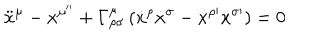
LaTeX: { \ddot { x } } ^ { \mu } - { x ^ { \mu ^ { \prime \prime } } } + \Gamma _ { \rho \sigma } ^ { \mu } \left( { \dot { x } } ^ { \rho } { \dot { x } } ^ { \sigma } - { x } ^ { \rho \prime } { x } ^ { \sigma \prime } \right) = 0